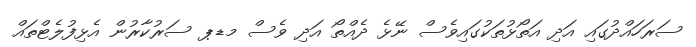
ސަރަހައްދުގައި އަދި އަތޯޅުތަކުގައިވެސް ނޭޅެ ދެއްތޯ އަދި ވެސް މޑޕ ސަރުކާރުން އެޅިފުލެޓްތައް